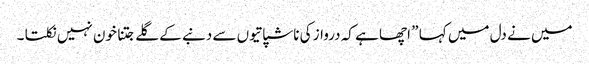
میں نے دل میں کہا ” اچھا ہے کہ درواز کی ناشپاتیوں سے دنبے کے گلے جتنا خون نہیں نکلتا ۔